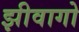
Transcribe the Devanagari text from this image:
झीवागो